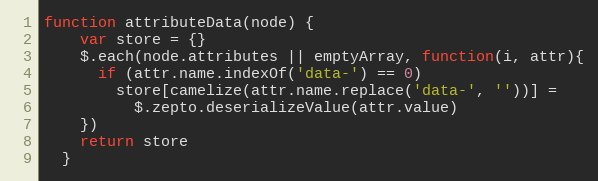
Language: JavaScript
function attributeData(node) {
    var store = {}
    $.each(node.attributes || emptyArray, function(i, attr){
      if (attr.name.indexOf('data-') == 0)
        store[camelize(attr.name.replace('data-', ''))] =
          $.zepto.deserializeValue(attr.value)
    })
    return store
  }